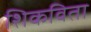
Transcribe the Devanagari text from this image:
शिकविता